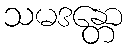
သမဒန္တော